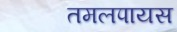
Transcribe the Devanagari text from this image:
तमलपायस